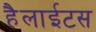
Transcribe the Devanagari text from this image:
हैलाईटस